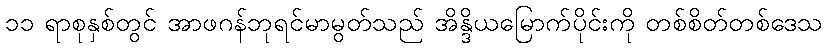
၁၁ ရာစုနှစ်တွင် အာဖဂန်ဘုရင်မာမွတ်သည် အိန္ဒိယမြောက်ပိုင်းကို တစ်စိတ်တစ်ဒေသ